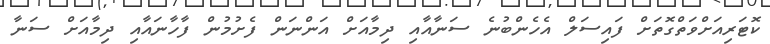
ކޮޓަރިއަށްވަތްގޮތަށް ފައިސަލް އެހެންބުނެ ސަނާއާއި ދިމާއަށް އަންނަން ފެށުމުން ފާހާނައާއި ދިމާއަށް ސަނާ